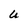
Character: U